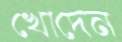
খোদেন